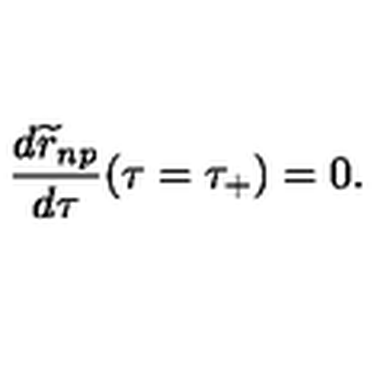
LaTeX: { \frac { d { \widetilde r } _ { n p } } { d \tau } } ( \tau = \tau _ { + } ) = 0 .